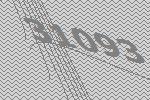
31093